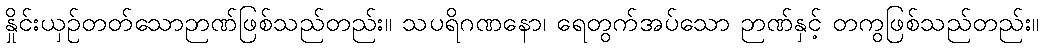
နှိုင်းယှဉ်တတ်သောဉာဏ်ဖြစ်သည်တည်း။ သပရိဂဏနော၊ ရေတွက်အပ်သော ဉာဏ်နှင့် တကွဖြစ်သည်တည်း။